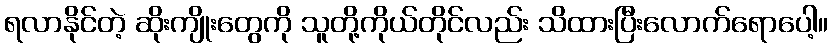
ရလာနိုင်တဲ့ ဆိုးကျိုးတွေကို သူတို့ကိုယ်တိုင်လည်း သိထားပြီးလောက်ရောပေါ့။